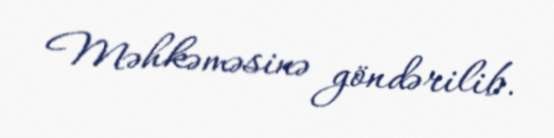
Məhkəməsinə göndərilib.